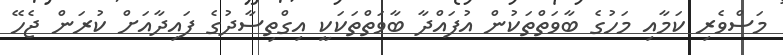
މަސްވެރި ކަމާއި މަހުގެ ބާވަތްތަކުން އުފައްދާ ބާވަތްތަކަކީ އިގްތިސާދުގެ ފައިދާއަށް ކުރަން ޖެހޭ